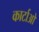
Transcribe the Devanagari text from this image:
कार्टाओ